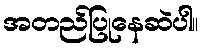
အတည်ပြုနေဆဲပါ။